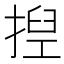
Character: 揑